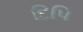
દિપિ